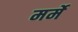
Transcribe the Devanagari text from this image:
मर्मे